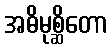
အဓိမုစ္ဆိတော